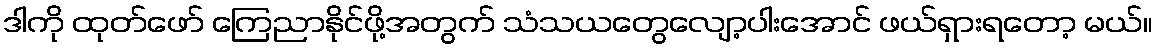
ဒါကို ထုတ်ဖော် ကြေညာနိုင်ဖို့အတွက် သံသယတွေလျော့ပါးအောင် ဖယ်ရှားရတော့ မယ်။